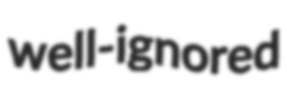
well-ignored